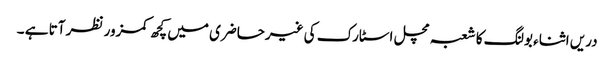
دریں اثناء بولنگ کا شعبہ مچل اسٹارک کی غیرحاضری میں کچھ کمزور نظر آتا ہے ۔